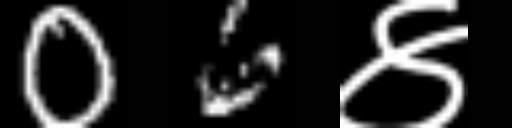
Text: 06४